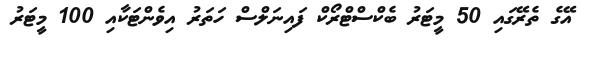
އޭގެ ތެރޭގައި 50 މީޓަރު ބެކްސްޓްރޯކް ފައިނަލްސް ހަތަރު އިވެންޓަކާއި 100 މީޓަރު